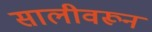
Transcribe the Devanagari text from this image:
सालीवरून